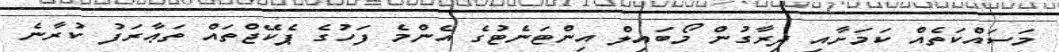
މަސައްކަތެއް ކަމަށާއި ދިރާގުން މޯބައިލް އިންޓަނެޓުގެ އެންމެ ފަހުގެ ޕެކޭޖްތައް ތަޢާރަފު ކުރާނެ